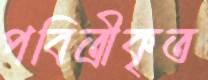
পবিত্রীকৃত